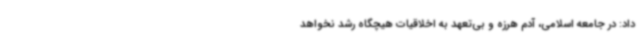
داد: در جامعه اسلامی، آدم هرزه و بی‌تعهد به اخلاقیات هیچگاه رشد نخواهد